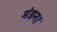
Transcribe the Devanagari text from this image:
मंडन।